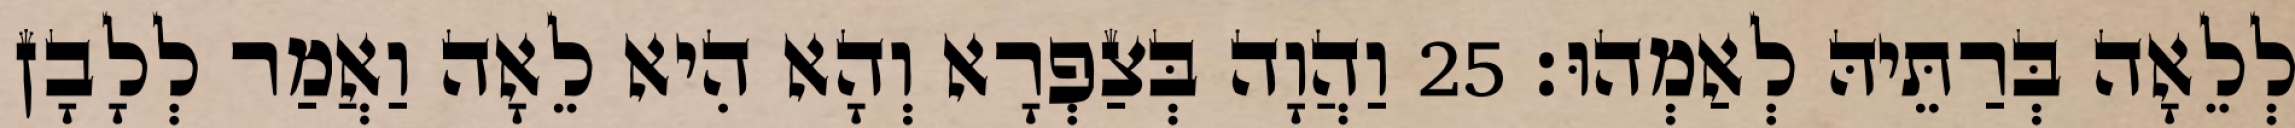
לְלֵאָה בְּרַתֵּיהּ לְאַמְהוּ׃ 25 וַהֲוָה בְּצַפְרָא וְהָא הִיא לֵאָה וַאֲמַר לְלָבָן